Civil Veterinary Department. Madras. Admin. report 1910-25 - 1910-1925
Year: 1910
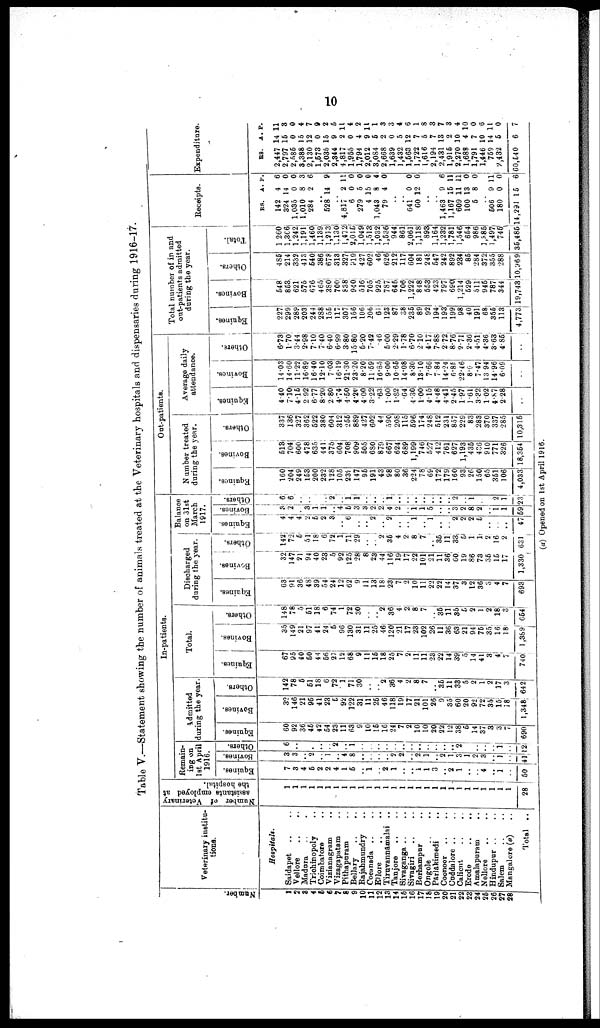
10
Table V.—Statement showing the number of animals treated at the Veterinary hospitals and dispensaries during 1916-17.
Numbe r
.
1
2
3
4
5
6
7
8
9
10
11
12
13
14
15
16
17
18
19
20
21
22
23
24
25
26
27
28
Veterinary institu
tions.
Hospitals.
Saidapet .. ..
Vellore .. ..
Madura .. ..
Trichinopoly ..
Coimbatore ..
Vizianagram ..
Vizagapatam ..
Pithapuram ..
Bellary .. ..
Rajabmundry ..
Cocanada .. ..
Ellore .. ..
Tiruvannamalai ..
Tanjore .. ..
Sivaganga .. ..
Sivagiri .. ..
Berbampur ..
Ongole .. ..
Pārlakimedi ..
Coonoor .. ..
Cuddalore .. ..
Calient .. ..
Erode .. ..
Amalapuram
..
Nellore..
..
Hindupur ..
..
Salem
..
..
Mangalore (a)
..
Total ..
Number of Veterinary
assistants
employed at
the hospital.
1
1
1
1
1
1
1
1
1
1
1
1
1
1
1
1
1
1
1
1
1
1
1
1
1
1
1
1
28
In-patients.
Remain
ing on
1st April
1916.
Eqnines.
7
8
4
5
2
2
4
1
5
..
1
..
2
1
..
.. 1
1
3
..
2
1
..
..
4
.. 1
..
50
Bovines.
3
3
..
2
.. 1
..
4
8
..
..
..
..
2
2
.. 2
1
..
2
1
3
1
2
3
..
1
..
41
Others.
6
..
..
.
..
..
2
..
1
..
..
..
..
..
..
..
..
..
..
..
..
2
..
..
..
..
1
..
12
Admitted
during the year
Equines.
60
92
36
45
42
64
23
11
68
9
10
16
16
24
7
2
10
10
20
22
12
38
6
14
37
3
3
7
690
Bovines.
32
146
21
96
41
28
5
92
122
31
11
26
46
118
19
17
21
101
26
9
85
60
20
92
72
36
15
18
1,348
Others.
142
78
6
61
18
6
72
1
71
30
..
..
2
36
4
2
8
7
..
86
11
38
5
2
1
2
17
3
642
Total.
Equines.
67
95
40
60
44
66
27
12
68
9
11
16
18
25
7
2
11
11
28
22
14
39
5
14
41
3
4
7
740
Bovines.
35
149
21
97
41
24
6
96
130
31
11
25
46
120
21
17
28
102
26
11
36
63
21
94
76
35
16
18
1,389
Others.
148
78
5
51
18
6
74
1
72
30
..
..
2
36
4
2
8
7
..
35
11
85
5
2
1
2
18
3
664
Discharged
during the year.
Equines.
68
91
36
48
39
54
24
12
62
9
11
13
18
28
7
2
10
11
22
22
14
37
3
12
36
3
4
7
693
Bovines.
32
147
21
94
40
23
5
92
125
28
8
28
44
116
19
17
22
101
21
11
36
60
19
86
78
36
16
17
1,330
Others.
142
72
5
51
18
6
72
1
71
29
..
..
2
35
4
2
8
7
..
36
11
33
51
1
1
2
16
2
631
Balance
on 31st
March
1917.
Equines.
4
4
4
2
5
2
8
..
6
..
..
2
..
2
..
..
1
.. 1
..
..
2
2
2
6
..
..
..
47 6
Bovines.
3
2
..
3
1
1
..
4
6
3
..
2
2
4
2
..
1
1
5
..
..
3
2
8
2
..
1
1
92
Others.
6
6
..
..
..
..
2
..
1 1
..
..
..
1
..
..
....
....
..
..
..
2
1
2
22
Out-patients
Number treated
during the year.
Equines.
160
204
249
163
200
232
128
105
239
147
95
191
43
98
80
36
224
78
69
172
179
160
93
26
150
65
361
106
4,033
Bovines.
518
704
606
478
635
441
375
604
708
909
605
630
879
667
624
689
1,199
746
627
412
761
627
1,193
436
436
910
771
326
18,354
Others.
337
136
327
362
622
380
604
312
255
889
427
602
44
590
208
115
696
174
248
612
231
857
229
83
288
370
337
285
10,316
Average daily
attendance.
Equines.
4.40
7.10
4.16
2.92
6.77
8.20
2 80
4.74
4.50
4.20
4.00
3.22
.63
1.00
1.32
.64
4.30
1.00
4.15
4.48
4.41
2.45
1.97
1.61
3.32
1.02
4.87
2.28
..
Bovines.
14.03
14.60
11.22
16.89
16.40
12.10
7.08
16.19
21.30
23.20
8.20
11.69
16.65
9.00
10.66
14.08
8.30
18.10
7.66
7.84
14.24
6.35
22.46
8.0
7.47
13.94
14.96
6.09
..
Others.
6.73
1.70
3.44
2.98
7.10
7.40
6.40
6.99
3.80
15.80
6.20
7.42
.46
5.00
2.29
1.78
6.70
2.10
4.17
7.88
2.72
8.76
2.71
2.36
4.51
4.36
8.63
4.35
..
Total number of in and
out-patients admitted
during the year.
Equines.
227
299
289
203
244
288
156
117
307
156
106
206
61
123
87
38
236
89
92
194
193
199
98
40
191
68
355
113
4,773
Bovines.
648
868
621
576
676
465
380
700
838
940
516
705
925
787
646
706
1,222
848
663
423
797
690
1,214
529
511
946
787
344
19,743
Others.
486
214
332
413
640
386
678
313
327
919
427
602
46
626
212
117
604
181
248
647
242
892
234
86
284
372
355
288
10,969
Total.
1,260
1,366
1,242
1,191
1,460
1,189
1,213
1,130
1,472
2,015
1,049
1,513
1,032
1,636
944
861
2,061
1,118
893
1,164
1,282
1,781
1,546
664
986
1,385
1,497
745
35,485
Receipts.
RS.
142
324
1,035
1,010
284
..
528
.. 4,817
6
279
4
1,048
79
..
..
641
60
..
..
1,468
1,167
609
100
5
..
506
180
14,291
A.
4
14
0
8
2
14
2
0
5
15
8
4
0
12
9
15
11
13
8
9
0
15
P.
6
0
0
3
6
9
11
0
0
0
4
0
0
0
6
11
1
0
0
11
0
6
Expenditure.
RS.
2,447
2,797
2,586
3,388
2,130
1,673
2,036
2,844
4,817
1,965
1,794
2,012
3,084
2,668
1,639
1,482
1,563
1,722
1,616
2,194
2,431
1,916
2,270 1
1,688
1,791
1,446 1
769 1
2,432
60,140
A.
14
15
0
15
12
0
16
9
2
0
4
9
6
2
0
5
12
7
6
7
18
2
0
4
7
5
4
5
6
P.
11
8
0
4
7
9
2
6
11
4
2
11
1
3
3
4
6
1
8
3
7
8
4
10
0
6
1
0
7
(a) Opened on 1st April 1916.